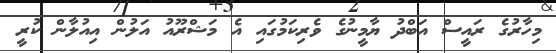
މިހާރުގެ ރައީސް އަބްދު ޔާމީނުގެ ވެރިކަމުގައި އެ މަޝްރޫއު އަލުން އިއުލާން ކުރީ